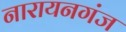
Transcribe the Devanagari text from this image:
नारायनगंज